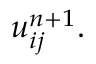
u _ { i j } ^ { n + 1 } .